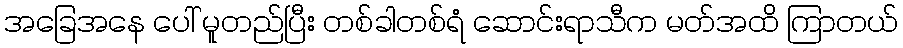
အခြေအနေ ပေါ် မူတည်ပြီး တစ်ခါတစ်ရံ ဆောင်းရာသီက မတ်အထိ ကြာတယ်